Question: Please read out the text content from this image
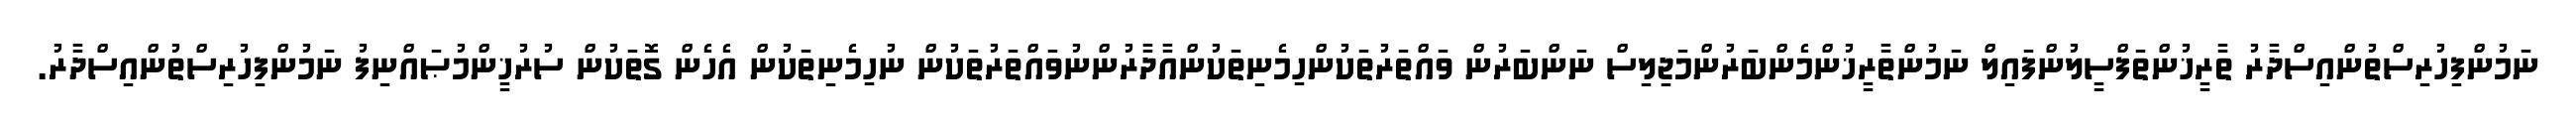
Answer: ނަމުންފިހުރިސްތުންއިސްދާރު ތާރީޚުންތަފްސީލުންފައިލް ނަމުންތާރީޚުންމެންބަރުންމަޖިލިސް ނަންބަރުން ވައްތަރުތަކުންހިމެނިތަކުންއާދާރުންނުވައްތަރުތަކުން ނުހިމެނިތަކުން އެހެން ގޮތަކުން ސުރުޚީންމުޞައްނިފު ނަމުންފިހުރިސްތުންއިސްދާރު.